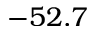
- 5 2 . 7